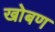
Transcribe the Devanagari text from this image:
खोबण